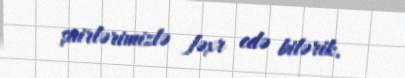
şairlərimizlə fəxr edə bilərik.